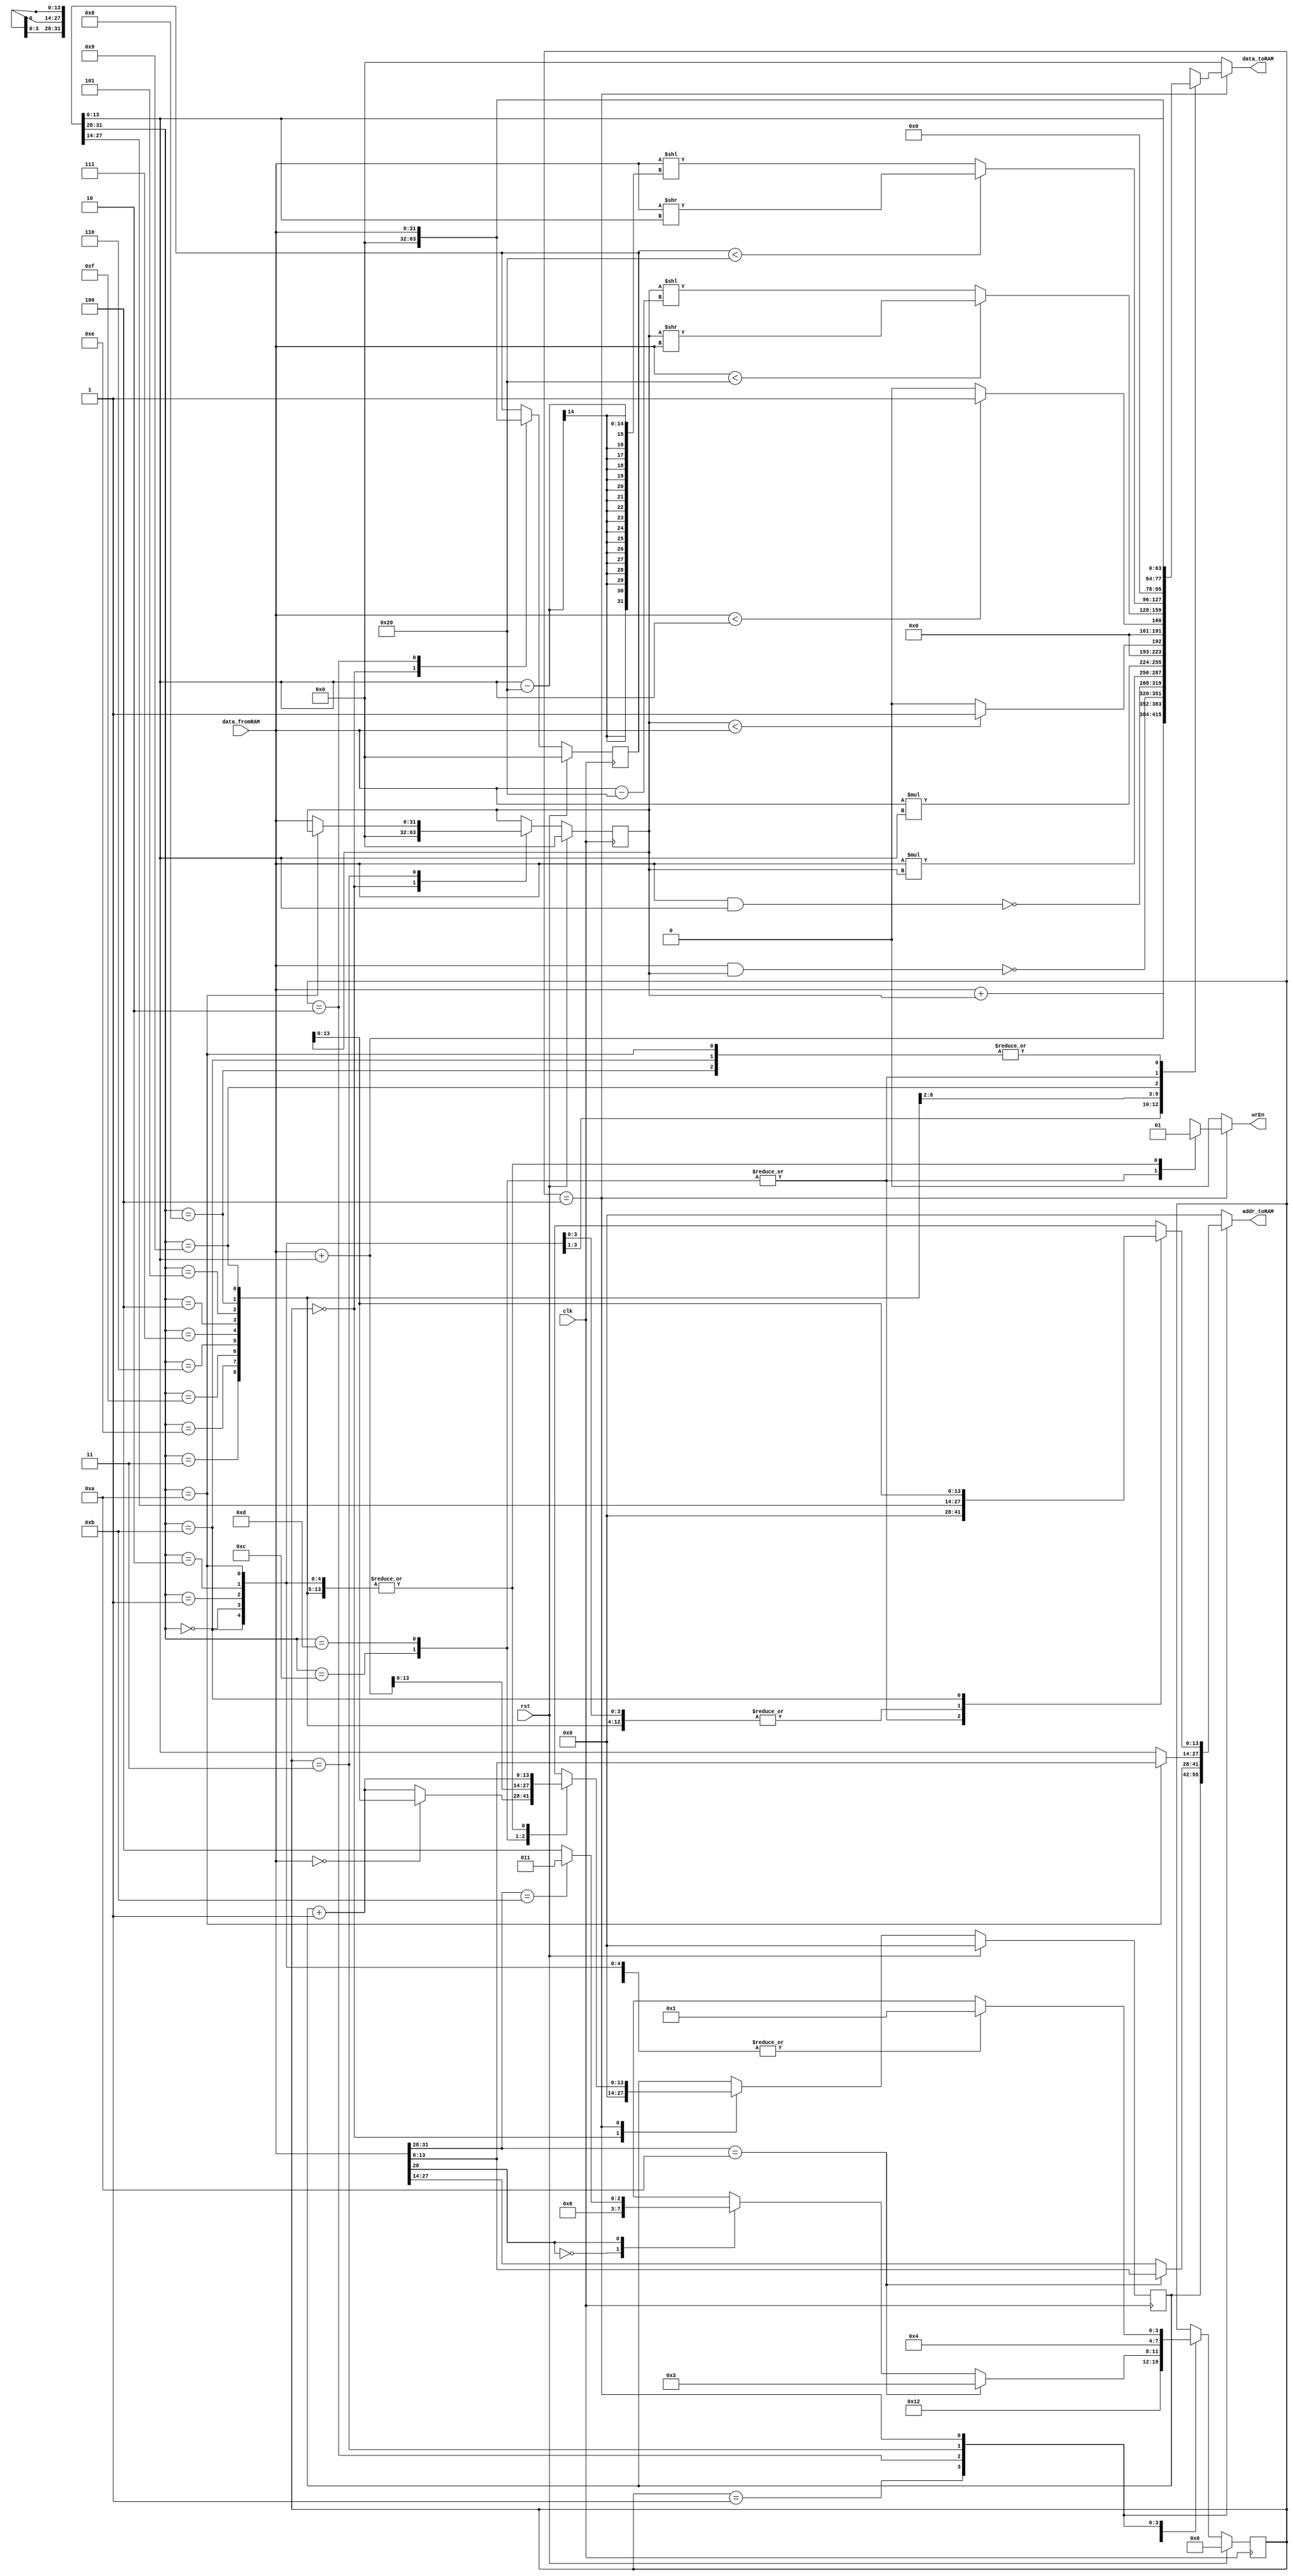

module VerySimpleCPU(clk, rst, data_fromRAM, wrEn, addr_toRAM, data_toRAM);

parameter SIZE = 14;

input clk, rst;
input wire [31:0] data_fromRAM;
output reg wrEn;
output reg [SIZE-1:0] addr_toRAM;
output reg [31:0] data_toRAM;

reg [3:0] state_current, state_next;
reg [SIZE-1:0] pc_current, pc_next;
reg [31:0] iw_current, iw_next;
reg [31:0] r1_current, r1_next;
reg [31:0] r2_current, r2_next;

always@ (posedge clk) begin
	if(rst) begin
		state_current <= 0;
		pc_current <=14'b0;
		iw_current <=32'b0;
		r1_current <=32'b0;
		r2_current <=32'b0;
	end
	else begin
		state_current <= state_next;
		pc_current <= pc_next;
		iw_current <= iw_next;
		r1_current <= r1_next;
		r2_current <= r2_next;
	end
end

always@(*) begin
	state_next = state_current;
	pc_next = pc_current;
	iw_next = iw_current;
	r1_next = r1_current;
	r2_next = r2_current;
	wrEn = 0;
	addr_toRAM = 0;
	data_toRAM = 0;
	
	case(state_current)
		0: begin
			pc_next = 0;
			iw_next = 0;
			r1_next = 0;
			r2_next = 0;
			state_next = 1;
		end
		1: begin
			addr_toRAM = pc_current;
			state_next = 2;
		end
		2: begin
			iw_next = data_fromRAM;
			casex(data_fromRAM[31:28])	
				{3'b101,1'b0}: begin			//CPI
					addr_toRAM = data_fromRAM[13:0];
					state_next=3;
				end
				
				{3'bxxx,1'b0}: begin			
					addr_toRAM = data_fromRAM[27:14];
					state_next = 3;
				end
				{3'bxxx,1'b1}: begin			//for immediate
					
					if(data_fromRAM[31:28] == {3'b101,1'b1}) begin
						addr_toRAM = data_fromRAM[27:14];
						state_next = 3;
					end
					else begin
						addr_toRAM = data_fromRAM[27:14];
						state_next = 4;
					end
				end
				
				
				default: begin
					pc_next = pc_current;
					state_next = 1;
				end
			endcase
		end
		3: begin
			if(iw_current [31:28] == {3'b101,1'b0}) begin
				addr_toRAM = data_fromRAM;
				state_next = 4;
			end

			else begin
			
				r1_next = data_fromRAM;
				addr_toRAM = iw_current[13:0];
				state_next = 4;
			end
			
		end
		4: begin
		case(iw_current[31:28])
				{3'b000,1'b0}: begin									//ADD
					wrEn = 1;
					addr_toRAM = iw_current[27:14];
					data_toRAM = data_fromRAM + r1_current;
					pc_next = pc_current + 1'b1;
					state_next = 1;
				end
				
				{3'b000,1'b1}: begin									//ADDi
					wrEn = 1;
					addr_toRAM = iw_current[27:14];
					data_toRAM = data_fromRAM + iw_current[13:0];
					pc_next = pc_current + 1'b1;
					state_next = 1;
				end
				
				{3'b001,1'b0}: begin									//NAND
					wrEn = 1;
					addr_toRAM = iw_current[27:14];
					data_toRAM = ~(data_fromRAM & r1_current);
					pc_next = pc_current + 1'b1;
					state_next = 1;
				end
				
				{3'b001,1'b1}: begin									//NANDi
					wrEn = 1;
					addr_toRAM = iw_current[27:14];
					data_toRAM = ~(data_fromRAM & iw_current[13:0]);
					pc_next = pc_current + 1'b1;
					state_next = 1;
				end
				
				{3'b111,1'b0}: begin									//MUL
					wrEn = 1;
					addr_toRAM = iw_current[27:14];
					data_toRAM = (data_fromRAM * r1_current);
					pc_next = pc_current + 1'b1;
					state_next = 1;
				end
				
				{3'b111,1'b1}: begin									//MULi
					wrEn = 1;
					addr_toRAM = iw_current[27:14];
					data_toRAM = (data_fromRAM * iw_current[13:0]);
					pc_next = pc_current + 1'b1;
					state_next = 1;
				end
				
				{3'b011,1'b0}: begin									//LT
					wrEn = 1;
					addr_toRAM = iw_current[27:14];
					data_toRAM = (r1_current < data_fromRAM) ? 1 : 0;
					pc_next = pc_current + 1'b1;
					state_next = 1;
				end
				
				{3'b011,1'b1}: begin									//LTi
					wrEn = 1;
					addr_toRAM = iw_current[27:14];
					data_toRAM = (data_fromRAM < iw_current[13:0]) ? 1 : 0;
					pc_next = pc_current + 1'b1;
					state_next = 1;
				end
				
				{3'b010,1'b0}: begin									//SRL
					wrEn = 1;
					addr_toRAM = iw_current[27:14];
					data_toRAM = (data_fromRAM < 32) ? (r1_current >> data_fromRAM) : (r1_current << (data_fromRAM-32));
					pc_next = pc_current + 1'b1;
					state_next = 1;
				end
				{3'b010,1'b1}: begin									//SRLi
					wrEn = 1;
					addr_toRAM = iw_current[27:14];
					data_toRAM = (iw_current < 32) ? (data_fromRAM >> iw_current[13:0]) : (data_fromRAM << (iw_current[13:0]-32));
					pc_next = pc_current + 1'b1;
					state_next = 1;
				end
				
				
				
				
				
				
				
				{3'b100,1'b0}: begin									//CP
					wrEn = 1;
					addr_toRAM = iw_current[27:14];
					data_toRAM = data_fromRAM;
					pc_next = pc_current + 1'b1;
					state_next = 1;
				end
				{3'b100,1'b1}: begin									//CPi
					wrEn = 1;
					addr_toRAM = iw_current[27:14];
					data_toRAM = iw_current[13:0];
					pc_next = pc_current + 1'b1;
					state_next = 1;
				end
				
				{3'b110,1'b0}: begin									//BZJ
					pc_next = (data_fromRAM == 0) ? r1_current : (pc_current + 1);
					state_next = 1;
				end
				
				{3'b110,1'b1}: begin									//BZJi
					pc_next = (data_fromRAM + iw_current[13:0]);
					state_next = 1;
				end
				
				
				
				{3'b101,1'b0}: begin									//CPI
					wrEn = 1;
					addr_toRAM = iw_current[27:14];
					data_toRAM = data_fromRAM;
					pc_next = pc_current + 1'b1;
					state_next = 1;
				end
				
				{3'b101,1'b1}: begin									//CPIi
					wrEn = 1;
					addr_toRAM = r1_current;
					data_toRAM = data_fromRAM;
					pc_next = pc_current + 1'b1;
					state_next = 1;
				end
				
			endcase
		end
	endcase
end

endmodule